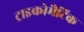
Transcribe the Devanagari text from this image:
ट्राइकोमैटिक